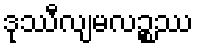
ဒုဿီလျမလဉ္စဿ